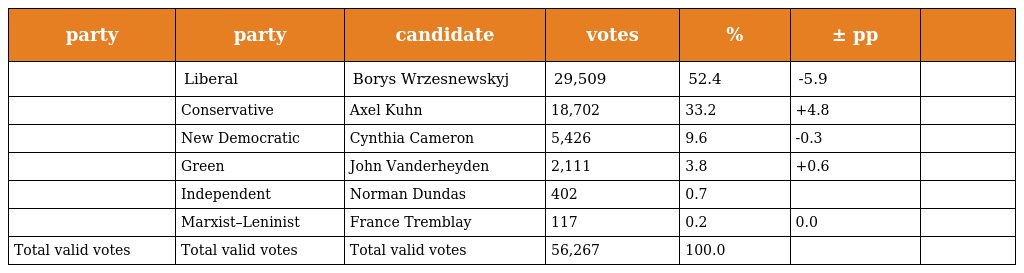
| party | party | candidate | votes | % | ± pp |  |
 | --- | --- | --- | --- | --- | --- | --- |
 |  | Liberal | Borys Wrzesnewskyj | 29,509 | 52.4 | -5.9 |  |
 |  | Conservative | Axel Kuhn | 18,702 | 33.2 | +4.8 |  |
 |  | New Democratic | Cynthia Cameron | 5,426 | 9.6 | -0.3 |  |
 |  | Green | John Vanderheyden | 2,111 | 3.8 | +0.6 |  |
 |  | Independent | Norman Dundas | 402 | 0.7 |  |  |
 |  | Marxist–Leninist | France Tremblay | 117 | 0.2 | 0.0 |  |
 | Total valid votes | Total valid votes | Total valid votes | 56,267 | 100.0 |  |  |